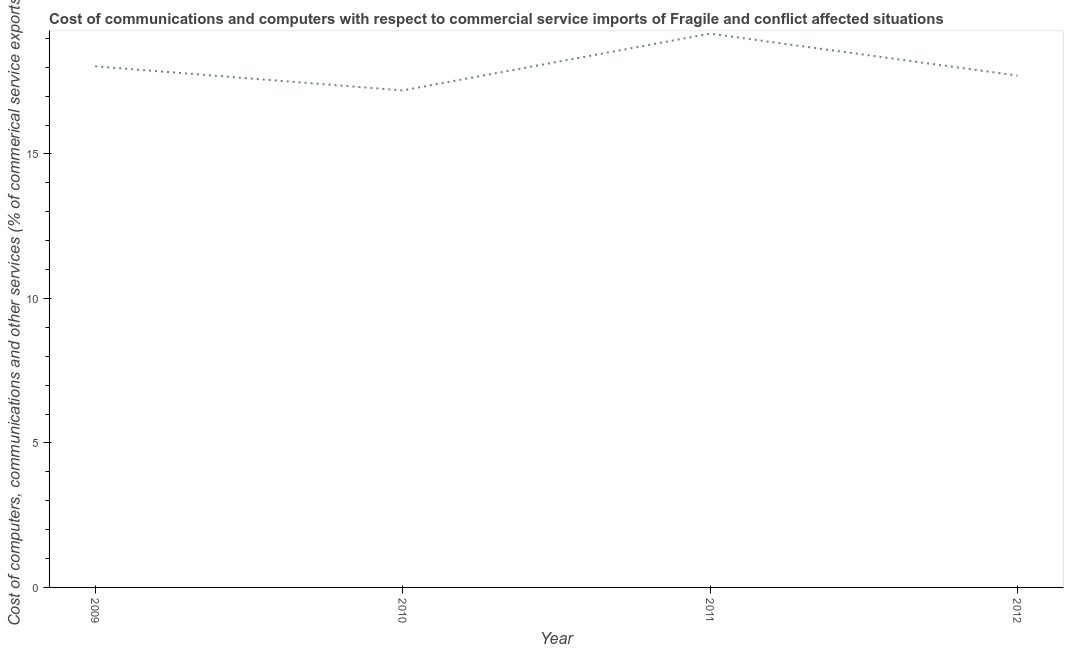
| Year | Computer |
 | --- | --- |
 | 2009 | 18 |
 | 2010 | 17.2 |
 | 2011 | 19.2 |
 | 2012 | 17.7 |